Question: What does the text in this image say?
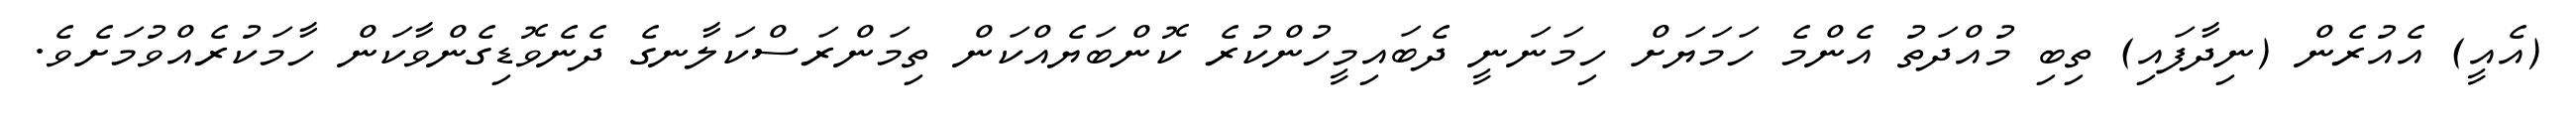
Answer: (އެއީ) އެއުރެން (ނިދާފައި) ތިބި މުއްދަތު އެންމެ ހަމަޔަށް ހިމަނަނީ ދެބައިމީހުންކުރެ ކޮންބަޔެއްކަން ތިމަންރަސްކަލާނގެ ދެނެވޮޑިގެންވާކަން ހާމަކުރެއްވުމަށެވެ.